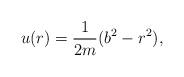
LaTeX: \begin{align*}u(r)=\dfrac{1}{2m}(b^2-r^2),\end{align*}